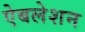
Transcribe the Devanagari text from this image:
ऐबलेशन